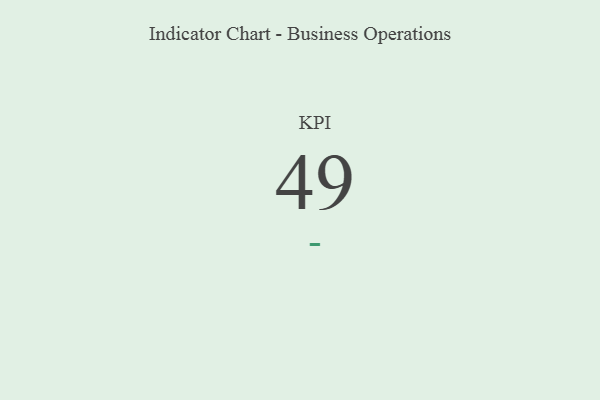
{"axis": {"x": "KPI", "y": "Value"}, "legend": [""], "data": [{"x": "KPI", "y": 49, "type": ""}]}